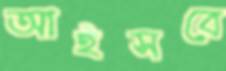
আইসবে